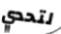
لتحدي